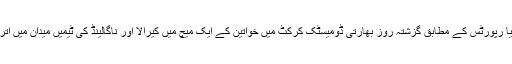
میڈیا رپورٹس کے مطابق گزشتہ روز بھارتی ڈومیسٹک کرکٹ میں خواتین کے ایک میچ میں کیرالا اور ناگالینڈ کی ٹیمیں میدان میں اتریں۔